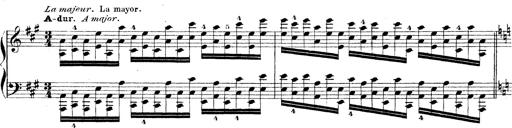
Title: Technische Studien
Composer: Franz Liszt